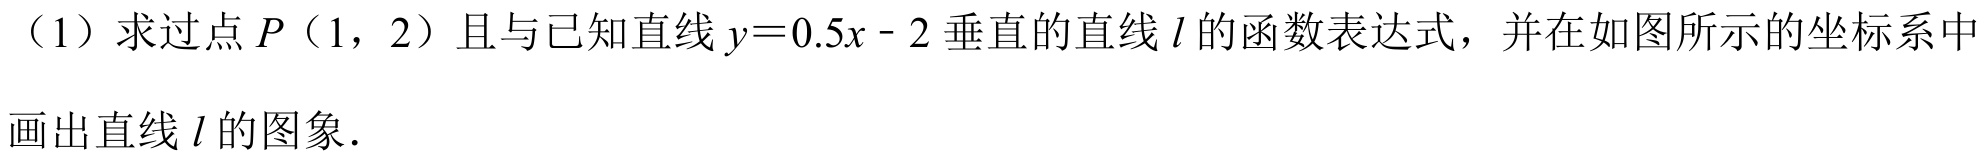
（1）求过点\(P(1,2)\)且与已知直线\(y = 0.5x - 2\)垂直的直线\(l\)的函数表达式，并在如图所示的坐标系中
画出直线\(l\)的图象．